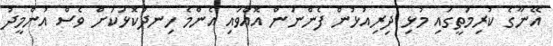
އޭނާގެ ކުރިމަތީގައި މުޅި ދިރިއުޅުން ފެންނަން އޮއްވައި އެންމެ ހިނދުކޮޅަކަށް ވެސް އުންމީދު